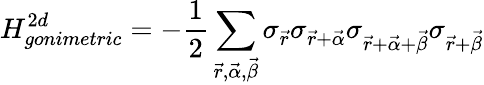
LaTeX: H_{gonimetric}^{2d}=-\frac{1}{2}\sum_{\vec{r},\vec{\alpha},\vec{\beta}}\sigma_{\vec{r}}\sigma_{\vec{r}+\vec{\alpha}}\sigma_{\vec{r}+\vec{\alpha}+\vec{\beta}}\sigma_{\vec{r}+\vec{\beta}}